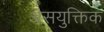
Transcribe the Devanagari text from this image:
असयुक्तिक